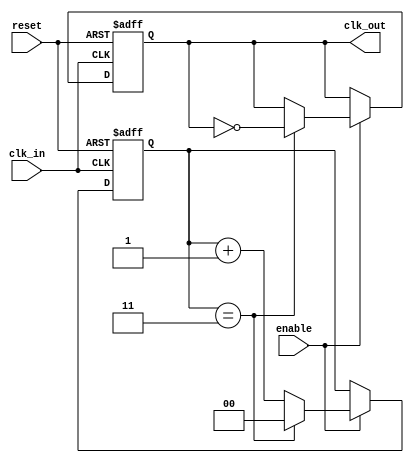
module clock_divider #(
    parameter DIV_FACTOR = 4  // Division factor (must be > 1)
)(
    input wire clk_in,         // Input clock signal
    input wire reset,          // Asynchronous reset signal
    input wire enable,         // Enable signal for clock division
    output reg clk_out         // Divided output clock signal
);

    // Internal signal for the counter
    reg [$clog2(DIV_FACTOR)-1:0] counter; // Counter to keep track of clock cycles

    // Always block for clock division
    always @(posedge clk_in or posedge reset) begin
        if (reset) begin
            counter <= 0;         // Reset counter
            clk_out <= 0;         // Reset output clock
        end else if (enable) begin
            if (counter == DIV_FACTOR - 1) begin
                clk_out <= ~clk_out; // Toggle output clock
                counter <= 0;         // Reset counter
            end else begin
                counter <= counter + 1; // Increment counter
            end
        end
    end

endmodule